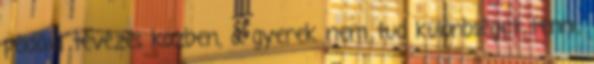
például tévézés közben, a gyerek nem tud különbséget tenni,